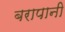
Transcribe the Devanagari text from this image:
बरापानी